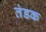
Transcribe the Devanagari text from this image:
तंडक